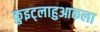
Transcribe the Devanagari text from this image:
कुइट्लाहुआकला